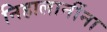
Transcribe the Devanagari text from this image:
निहालानींना